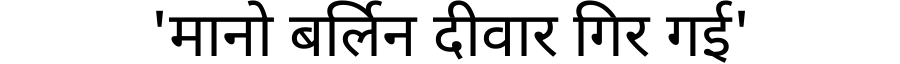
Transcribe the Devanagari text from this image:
'मानो बर्लिन दीवार गिर गई'